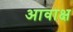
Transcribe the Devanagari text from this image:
आवाक्ष